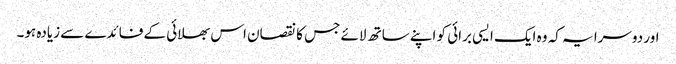
اور دوسرا یہ کہ وہ ایک ایسی برائی کو اپنے ساتھ لائے جس کا نقصان اس بھلائی کے فائدے سے زیادہ ہو۔